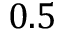
0 . 5